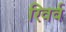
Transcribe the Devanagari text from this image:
रिवर्व